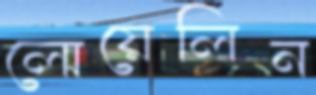
লোয়েলিন